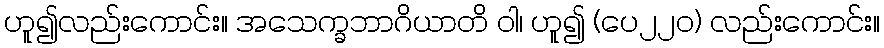
ဟူ၍လည်းကောင်း။ အသေက္ခဘာဂိယာတိ ဝါ၊ ဟူ၍ (ပေ၂၂၀) လည်းကောင်း။